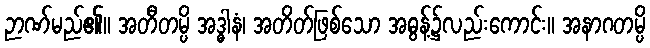
ဉာဏ်မည်၏။ အတီတမ္ပိ အဒ္ဓါနံ၊ အတိတ်ဖြစ်သော အဓွန့်၌လည်းကောင်း။ အနာဂတမ္ပိ